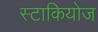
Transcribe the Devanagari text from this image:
स्टाकियोज